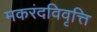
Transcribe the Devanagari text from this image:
मकरंदविवृत्ति